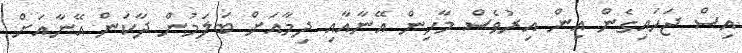
އިސް ޖަހައިގެން އިން އިރުވެސް މާހިން އޭނާއާއި ދިމާއަށް ބަލަމުން ދާކަން އޭނާއަށް